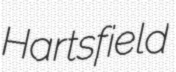
Hartsfield